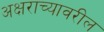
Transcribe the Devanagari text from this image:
अक्षराच्यावरील